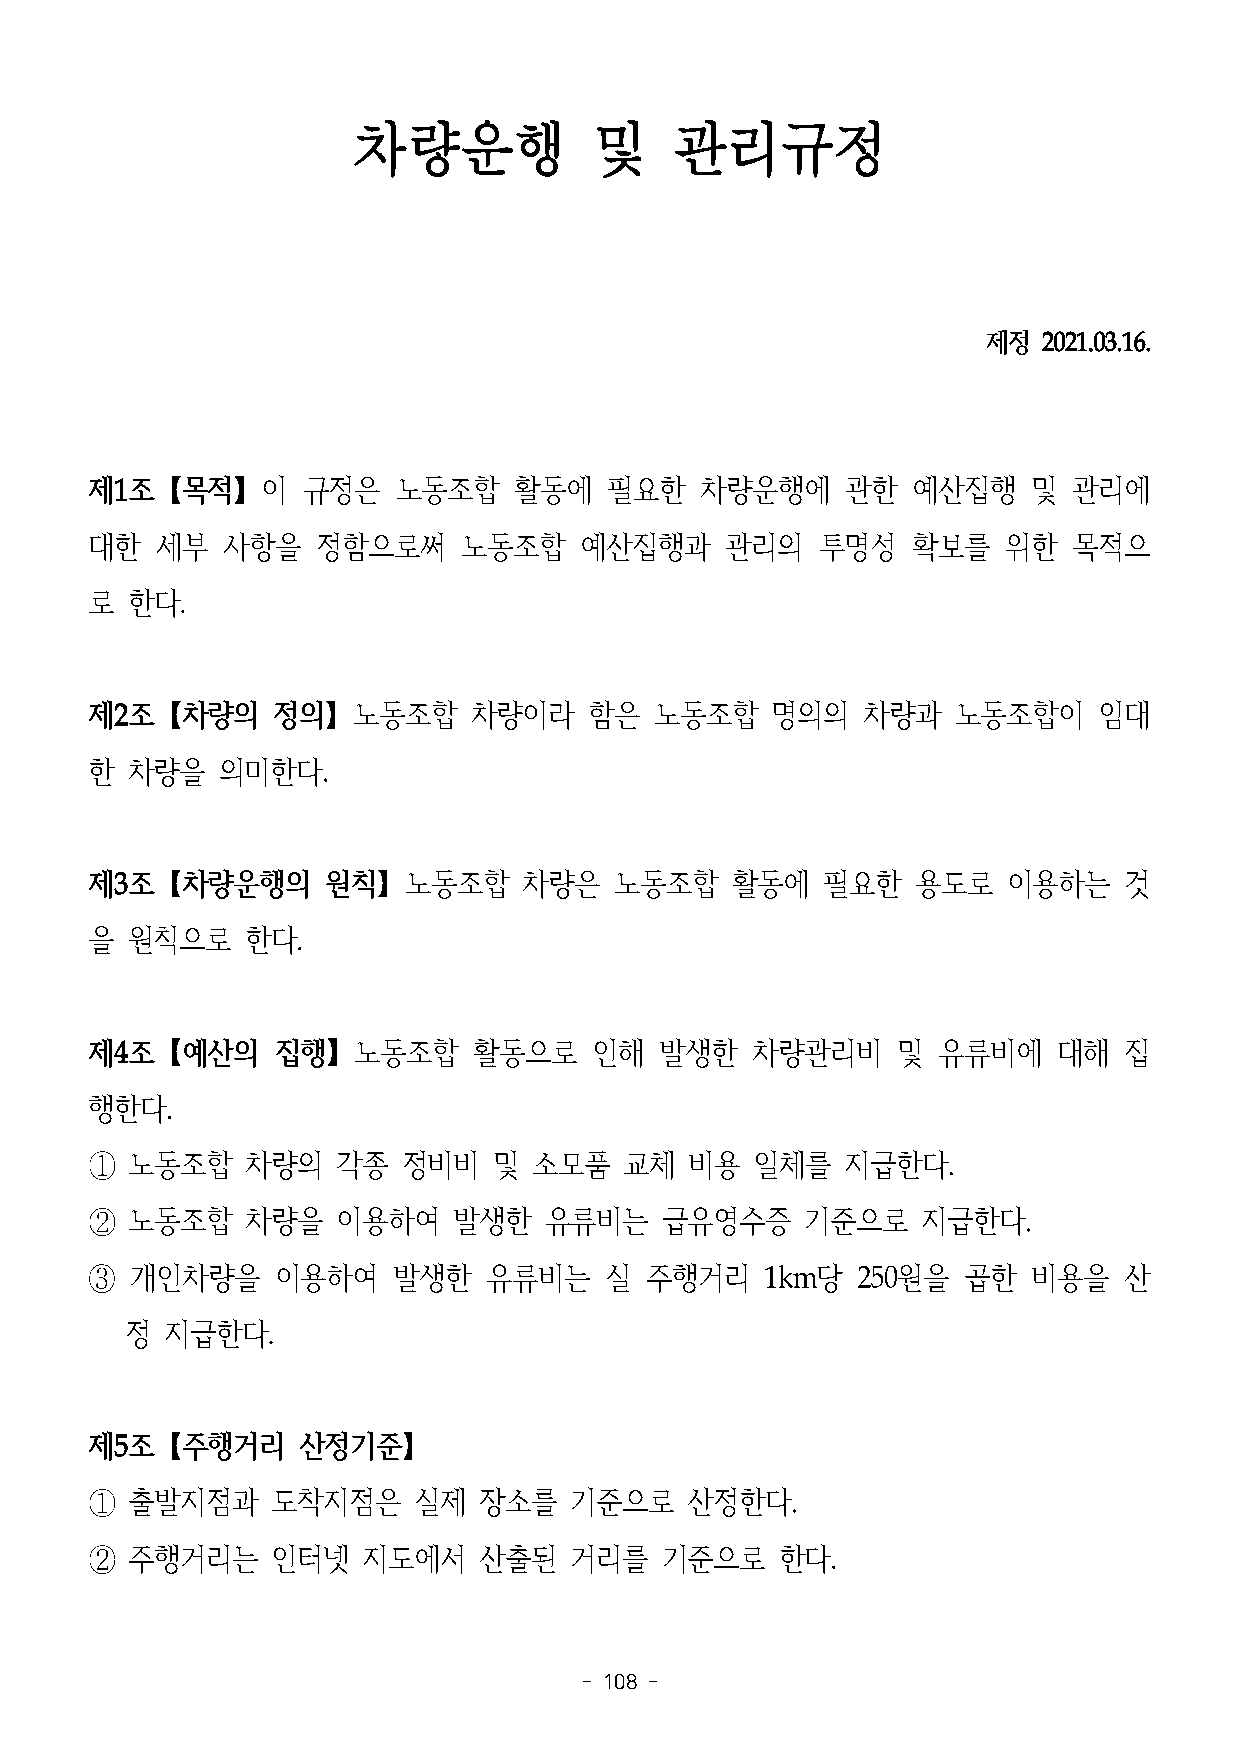
차량운행            및    관리규정
 제정  2021.03.16.
 제1조【목적】이      규정은   노동조합    활동에   필요한   차량운행에     관한  예산집행    및  관리에
 대한  세부   사항을   정함으로써     노동조합   예산집행과     관리의   투명성   확보를    위한  목적으
 로 한다.
 제2조【차량의     정의】노동조합      차량이라    함은  노동조합    명의의   차량과   노동조합이     임대
 한 차량을   의미한다.
 제3조【차량운행의       원칙】노동조합      차량은   노동조합   활동에   필요한    용도로   이용하는   것
 을 원칙으로    한다.
 제4조【예산의     집행】노동조합      활동으로    인해   발생한   차량관리비    및  유류비에    대해  집
 행한다.
 ①  노동조합   차량의   각종   정비비   및 소모품   교체   비용  일체를   지급한다.
 ②  노동조합   차량을   이용하여    발생한   유류비는    급유영수증    기준으로    지급한다.
 ③  개인차량을    이용하여    발생한   유류비는    실  주행거리    1km당  250원을  곱한  비용을   산
 정  지급한다.
 제5조【주행거리      산정기준】
 ①  출발지점과    도착지점은    실제   장소를   기준으로   산정한다.
 ②  주행거리는    인터넷   지도에서    산출된   거리를   기준으로    한다.
 - 108 -